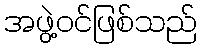
အဖွဲ့ဝင်ဖြစ်သည်